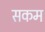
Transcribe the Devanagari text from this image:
सकम